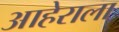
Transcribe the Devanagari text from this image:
आहेराला